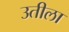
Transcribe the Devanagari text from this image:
उतीला